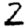
Digit: 2